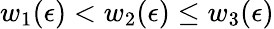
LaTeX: w_{1}(\epsilon)<w_{2}(\epsilon)\leq w_{3}(\epsilon)